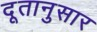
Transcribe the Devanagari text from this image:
दूतानुसार